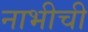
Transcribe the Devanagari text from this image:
नाभीची